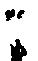
ニ